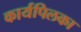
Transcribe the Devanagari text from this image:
कार्यपिलका